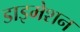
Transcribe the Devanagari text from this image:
डाइमेशन